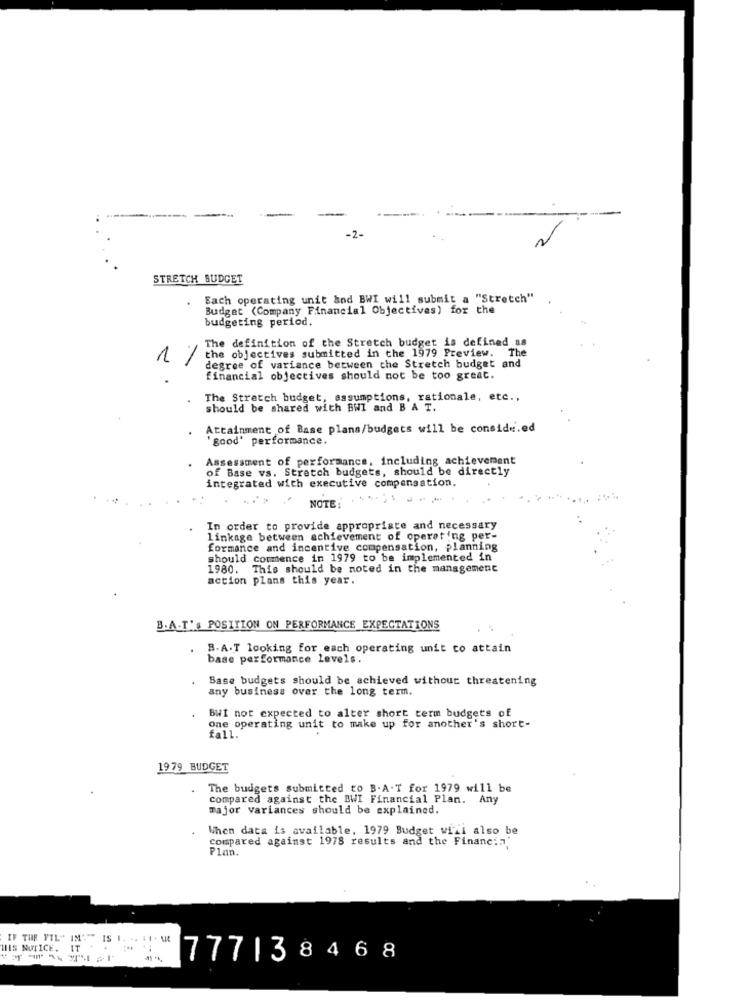
STRETCH BUDGET
Each operating unit and BWI will submit a "Stretch"
Budget (Company Financial Objectivas) for the
budgeting period.
The definition of the Stretch budget is defined as
1 / the objectives submitted in the 1979 Preview. The
degree of variance between the Stretch budget and
financial objectives should not be too great.
The Stretch budget, assumptions, rationale, etc .,
should be shared with BWI and B A T.
Attainment of Base plans/budgets will be conside.ed
'good' performance.
Assessment of performance, including achievement
of Base vs. Stretch budgets, should be directly
integrated with executive compensation.
NOTE:
In order to provide appropriate and necessary
linkage between achievement of operating per-
formance and incentive compensation, planning
should commence in 1979 to be implemented in
1980. This should be noted in the management
action plans this year.
B.A.T's POSITION ON PERFORMANCE EXPECTATIONS
B.A.T looking for each operating unit to attain
base performance levels.
Base budgets should be achieved without threatening
any business over the long term.
BWI not expected to alter short term budgets of
One operating unit to make up for another's short-
fall.
1979 BUDGET
The budgets submitted to B.A.T for 1979 will be
compared against the BWI Financial Plan. Any
major variances should be explained.
When data is available, 1979 Budget wili also be
Compared against 1978 results and the Financi"'
Plan.
IF THE FIL" IM"" IS I. .. . 1 . M
HIS NOTICE.
IT
.
------
777138468